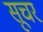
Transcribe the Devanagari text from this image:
सूचर